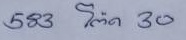
583 = โต๊ด - 30